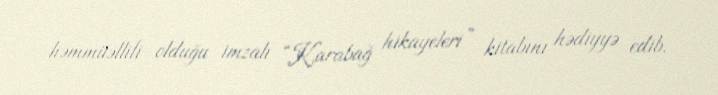
həmmüəllifi olduğu imzalı “Karabağ hikayeleri” kitabını hədiyyə edib.